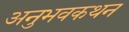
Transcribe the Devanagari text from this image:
अनुभवकथन